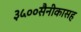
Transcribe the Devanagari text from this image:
३५००सैनीकासह